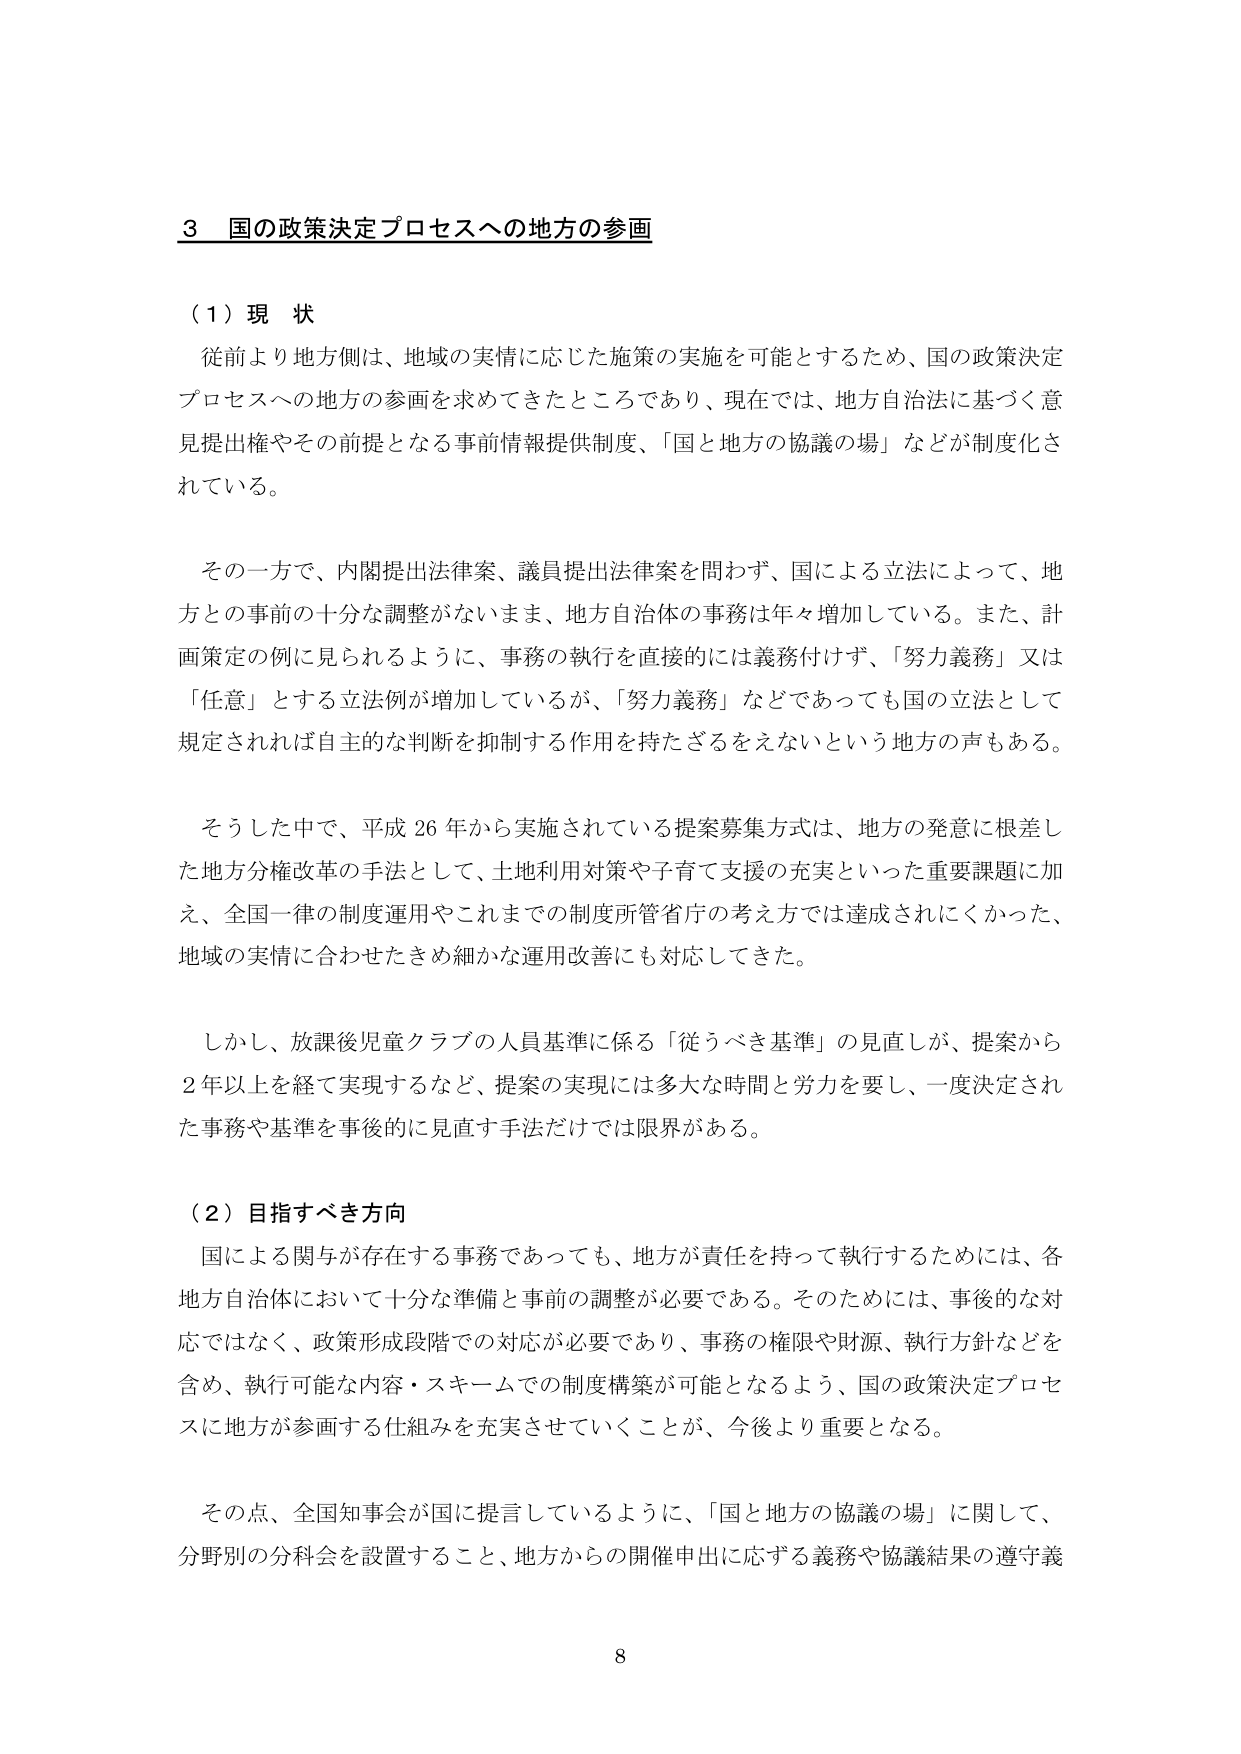
3 国の政策決定プロセスへの地方の参画

（1）現状
従前より地方側は、地域の実情に応じた施策の実施を可能とするため、国の政策決定プロセスへの地方の参画を求めてきたところであり、現在では、地方自治法に基づく意見提出権やその前提となる事前情報提供制度、「国と地方の協議の場」などが制度化されている。

その一方で、内閣提出法律案、議員提出法律案を問わず、国による立法によって、地方との事前の十分な調整がないまま、地方自治体の事務は年々増加している。また、計画策定の例に見られるように、事務の執行を直接的には義務付けず、「努力義務」又は「任意」とする立法例が増加しているが、「努力義務」などであっても国の立法として規定されれば自主的な判断を抑制する作用を持たざるをえないという地方の声もある。

そうした中で、平成26年から実施されている提案募集方式は、地方の発意に根差した地方分権改革の手法として、土地利用対策や子育て支援の充実といった重要課題に加え、全国一律の制度運用やこれまでの制度所管省庁の考え方では達成されにくかった、地域の実情に合わせたきめ細かな運用改善にも対応してきた。

しかし、放課後児童クラブの人員基準に係る「従うべき基準」の見直しが、提案から2年以上を経て実現するなど、提案の実現には多大な時間と労力を要し、一度決定された事務や基準を事後的に見直す手法だけでは限界がある。

（2）目指すべき方向
国による関与が存在する事務であっても、地方が責任を持って執行するためには、各地方自治体において十分な準備と事前の調整が必要である。そのためには、事後的な対応ではなく、政策形成段階での対応が必要であり、事務の権限や財源、執行方針などを含め、執行可能な内容・スキームでの制度構築が可能となるよう、国の政策決定プロセスに地方が参画する仕組みを充実させていくことが、今後より重要となる。

その点、全国知事会が国に提言しているように、「国と地方の協議の場」に関して、分野別の分科会を設置すること、地方からの開催申出に応ずる義務や協議結果の遵守義

8